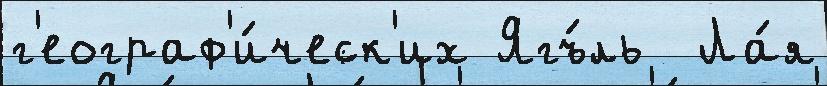
г'еограф'и́ческ'их Ягъ́ль  Ла́я